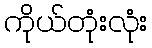
ကိုယ်တုံးလုံး